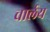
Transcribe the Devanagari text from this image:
चार्लय